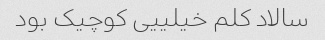
سالاد کلم خیلییی کوچیک بود